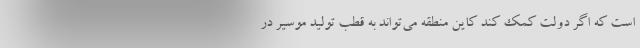
است که اگر دولت کمک کند کاین منطقه می‌تواند به قطب تولید موسیر در